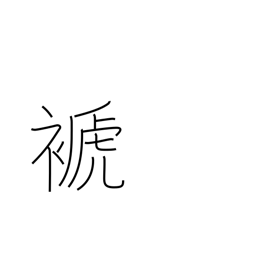
Meaning: rob